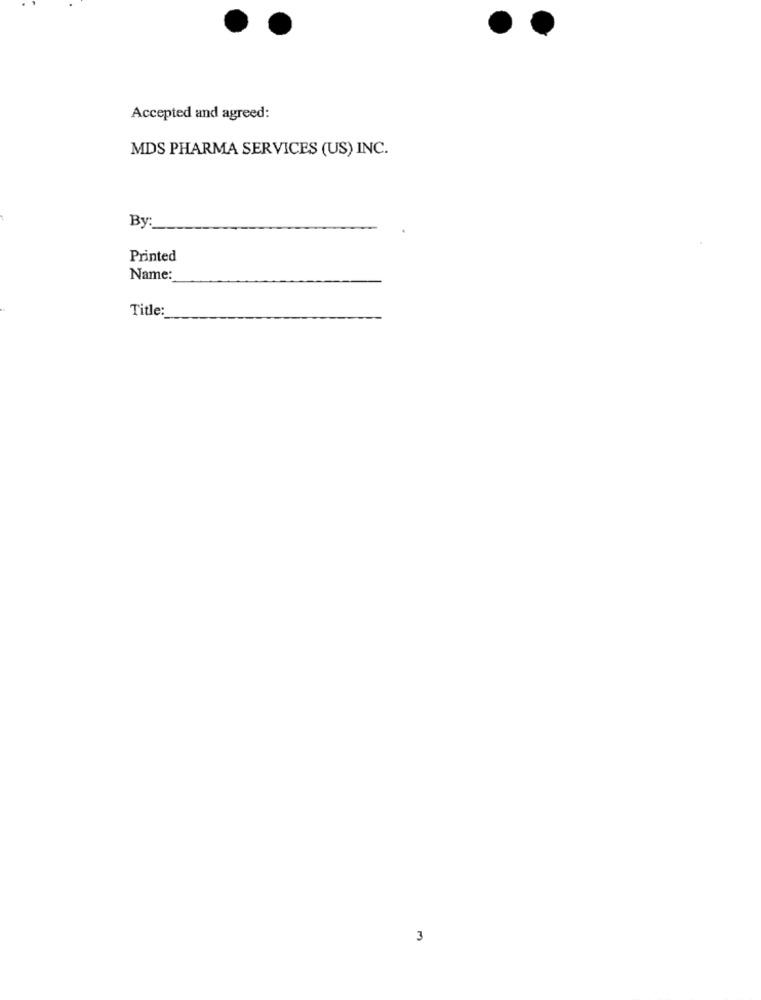
Accepted and agreed:
MDS PHARMA SERVICES (US) INC.
By:
Printed
Name:
Title:
3